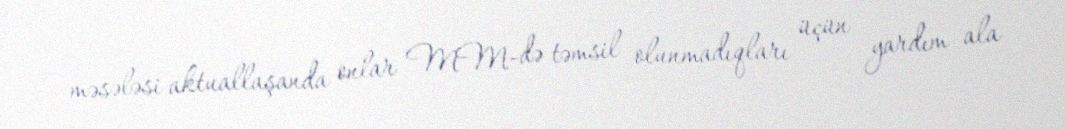
məsələsi aktuallaşanda onlar MM-də təmsil olunmadıqları üçün yardım ala